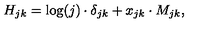
H _ { j k } = \log ( j ) \cdot \delta _ { j k } + x _ { j k } \cdot M _ { j k } ,